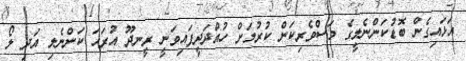
އަޅައިގެން ބޮޑުކަންނެލީގެ މަސްވެރިކަން ކުރުމަށް ހުއްދަދީފައިވަނީ ރީނދޫ އުރަހަ ކަންނެލި އަދި ލޯ